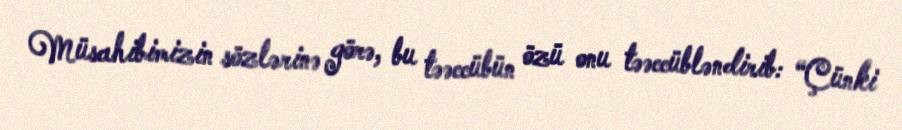
Müsahibimizin sözlərinə görə, bu təəccübün özü onu təəccübləndirib: “Çünki